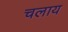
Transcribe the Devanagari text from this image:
चलाय